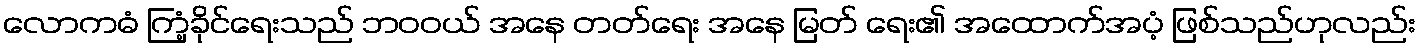
လောကဓံ ကြံ့ခိုင်ရေးသည် ဘဝဝယ် အနေ တတ်ရေး အနေ မြတ် ရေး၏ အထောက်အပံ့ ဖြစ်သည်ဟုလည်း